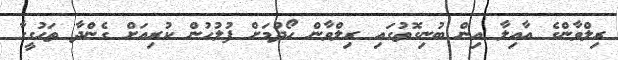
ރިލްވާންގެ އާއިލާ އިން ބުނިގޮތުގައި ރިލްވާން ހޯދުމަށް ފުލުހުން ކުރިއަށް ގެންދާ ތަހުގީގާ